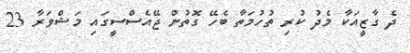
ދެ ގާޒީއަކާ މެދު ކުރި ތުހުމަތާ ބެހޭ ގޮތުން ޖޭއެސްސީގައި މަޝްވަރާ 23